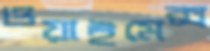
ওয়াইমেক্স